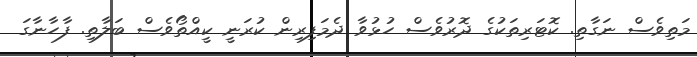
މަތިވެސް ނަގާތި. ކޮޓަރިތަކުގެ ދޮރުވެސް ހުޅުވާ ދެމަފިރިން ކުރަނީ ކީއްތޯވެސް ބަލާތި. ފާހާނާގަ